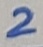
Text: 2